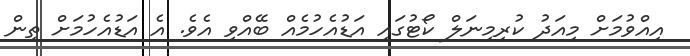
އިއްވުމަށް މިއަދު ކުރިމިނަލް ކޯޓުގައި އަޑުއެހުމެއް ބޭއްވި އެވެ. އެ އަޑުއެހުމަށް ތިން